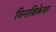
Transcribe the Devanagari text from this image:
विनाशिकेवर